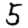
Digit: 5